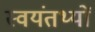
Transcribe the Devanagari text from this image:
स्वयंतथ्यों